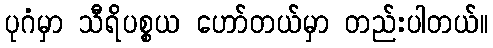
ပုဂံမှာ သီရိပစ္စယ ဟော်တယ်မှာ တည်းပါတယ်။